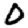
Digit: 0